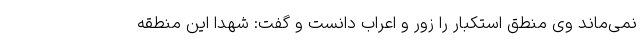
نمی‌ماند وی منطق استکبار را زور و اعراب دانست و گفت: شهدا این منطقه